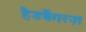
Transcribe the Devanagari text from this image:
हैडबैंगरज़